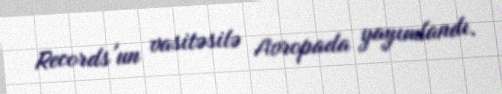
Records'un vasitəsilə Avropada yayımlandı.